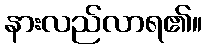
နားလည်လာရ၏။